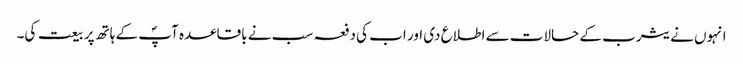
انہوں نے یثرب کے حالات سے اطلاع دی اور اب کی دفعہ سب نے باقاعدہ آپؐ کے ہاتھ پر بیعت کی۔